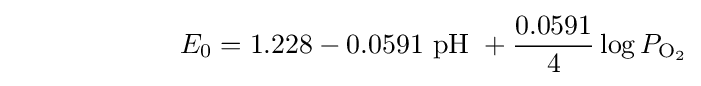
\qquad \qquad \qquad E_{0}=1.228-0.0591{\text{ pH }}+{\frac {0.0591}{4}}\log {P_{\mathrm {O_{2}} }}